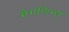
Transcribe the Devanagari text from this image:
मैगजिन्स